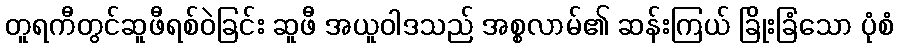
တူရကီတွင်ဆူဖီရစ်ဝဲခြင်း ဆူဖီ အယူဝါဒသည် အစ္စလာမ်၏ ဆန်းကြယ် ခြိုးခြံသော ပုံစံ